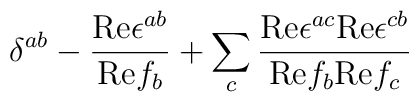
\delta^{ab} - {{\rm Re}\epsilon^{ab}\over{\rm Re}f_b} + \sum_c{{\rm Re}\epsilon^{ac}{\rm Re}\epsilon^{cb}\over{\rm Re}f_b{\rm Re}f_c}